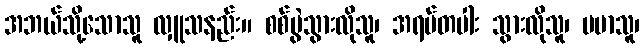
အဘယ်သို့သောသူ လှူသနည်း။ စစ်ပွဲသွားလိုသူ၊ အရပ်တပါး သွားလိုသူ၊ မမာသူ၊